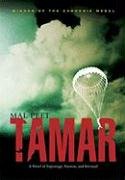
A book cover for Tamar: A Novel of Espionage, Passion, and Betrayal; Mal Peet; Teen & Young Adult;